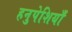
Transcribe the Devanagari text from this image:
हनुपेशियाँ